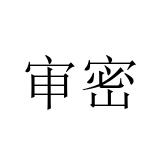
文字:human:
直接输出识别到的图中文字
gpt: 审密